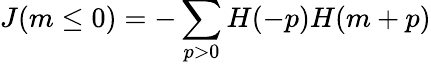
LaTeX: J(m\le 0)=-\sum_{p>0}H(-p)H(m+p)